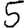
Digit: 5